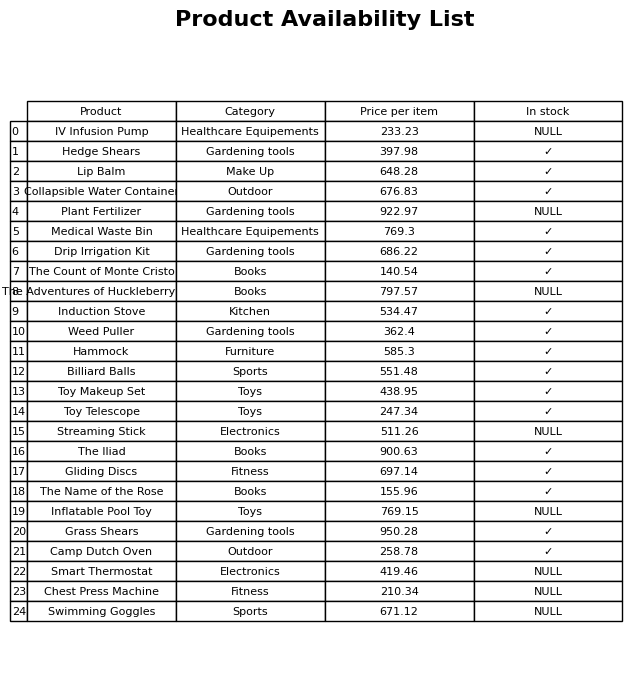
question: What is the price for The Adventures of Huckleberry Finn?
answer: The price of The Adventures of Huckleberry Finn is 797.57.